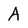
Character: A